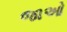
જાઓ